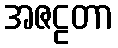
အဇဠတာ